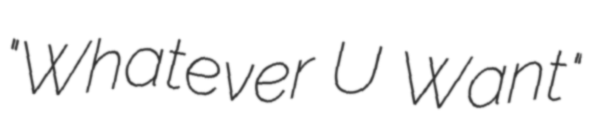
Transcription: "Whatever U Want"